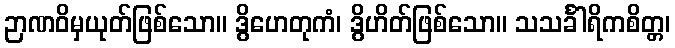
ဉာဏဝိမှယုတ်ဖြစ်သော။ ဒွိဟေတုကံ၊ ဒွိဟိတ်ဖြစ်သော။ သသင်္ခါရိကစိတ္တ၊